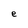
Character: e